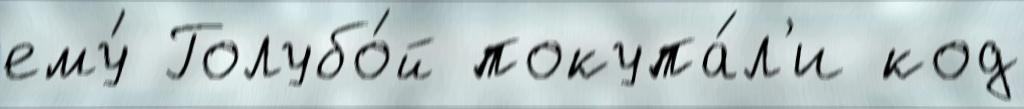
ему́ Голубо́й покупа́л'и код